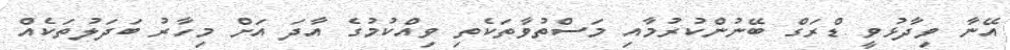
އޭނާ ވިދާޅުވީ ޑްރަގް ބޭނުންކުރުމާއި މަސްތުވާތަކެތި ވިއްކުމުގެ އާދަ އަށް މިހާރު ބަދަލުތަކެއް